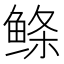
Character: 鲦